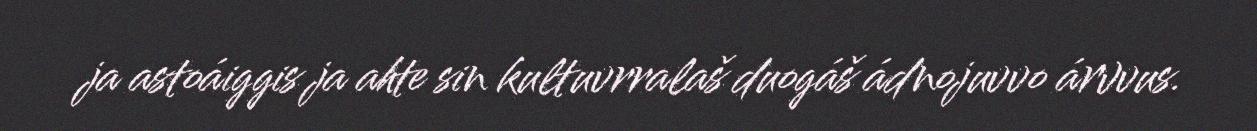
ja astoáiggis ja ahte sin kultuvrralaš duogáš ádnojuvvo árvvus.